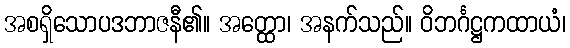
အစရှိသောပဒဘာဇနီ၏။ အတ္ထော၊ အနက်သည်။ ဝိဘင်္ဂဋ္ဌကထာယံ၊